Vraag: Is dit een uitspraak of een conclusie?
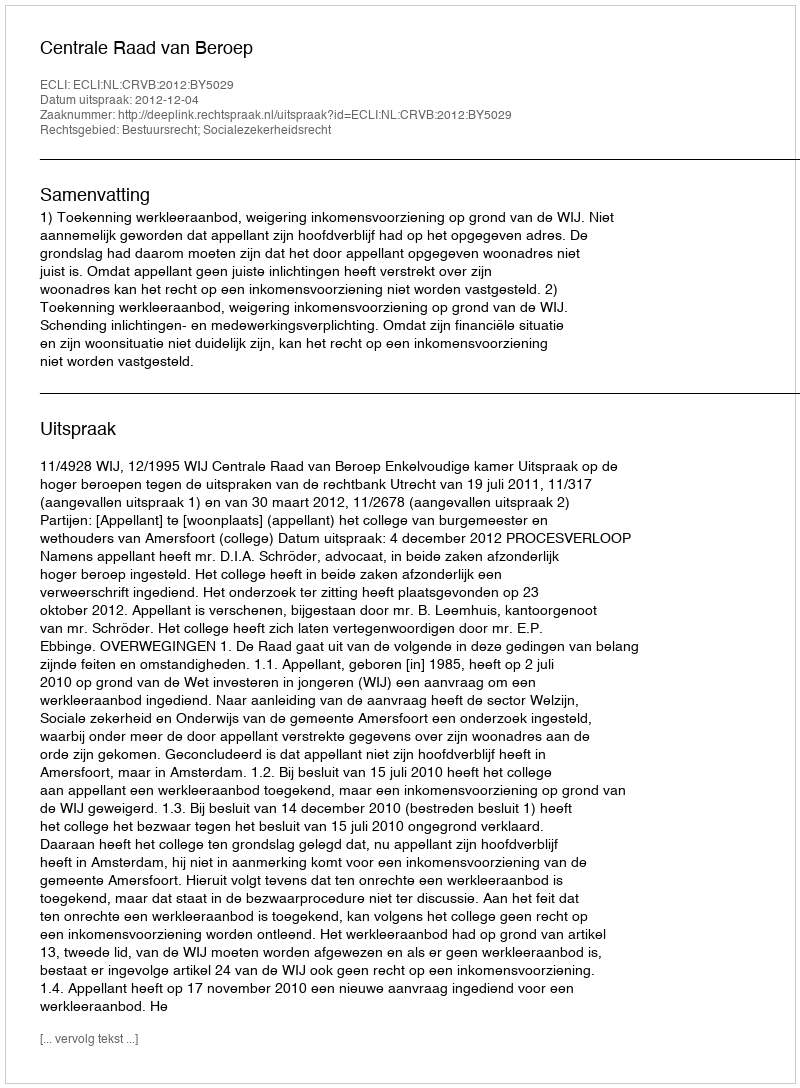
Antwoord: Uitspraak